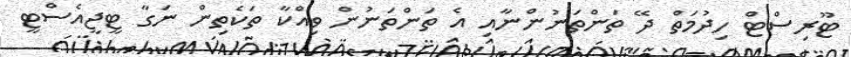
ޓޫރިސްޓް ހިދުމަތް ދޭ ތަންތަނުންނާއި އެ ތަންތަނުން ވިއްކާ ތަކެތިން ނަގާ ޓީޖީއެސްޓީ